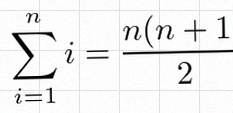
\sum_{i=1}^{n}i=\frac{n(n+1)}2